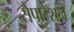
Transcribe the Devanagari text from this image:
सेपारेशन